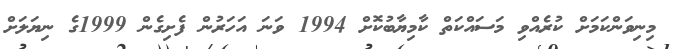
މިނިވަންކަމަށް ކުރެއްވި މަސައްކަތް ކާމިޔާބުކޮށް 1994 ވަނަ އަހަރުން ފެށިގެން 1999ގެ ނިޔަލަށް